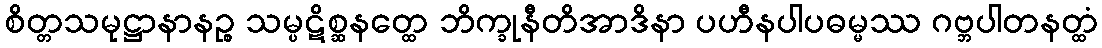
စိတ္တသမုဋ္ဌာနာနဉ္စ သမ္ပဋိစ္ဆနတ္ထေ ဘိက္ခုနီတိအာဒိနာ ပဟီနပါပဓမ္မဿ ဂဗ္ဘပါတနတ္ထံ